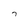
Character: 7